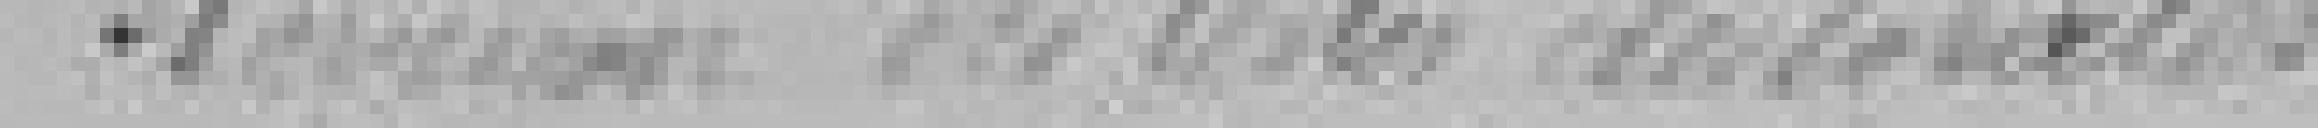
Révision des listes électorales